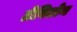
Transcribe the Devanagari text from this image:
ग्रेविटोन